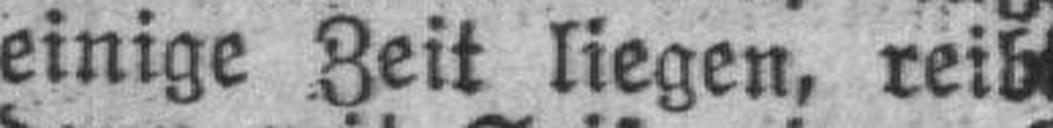
einige Zeit liegen, reib